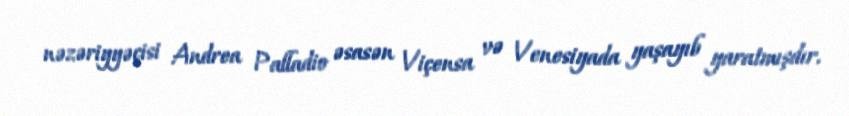
nəzəriyyəçisi Andrea Palladio əsasən Viçensa və Venesiyada yaşayıb yaratmışdır.